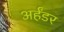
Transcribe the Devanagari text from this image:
अर्हंडर